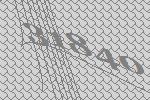
31840